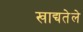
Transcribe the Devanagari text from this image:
खाद्यतेले